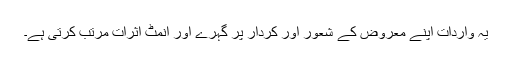
یہ واردات اپنے معروض کے شعور اور کردار پر گہرے اور انمٹ اثرات مرتب کرتی ہے۔